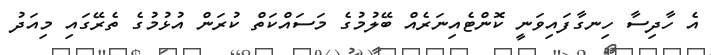
އެ ހާދިސާ ހިނގާފައިވަނީ ކޮންޓެއިނަރެއް ބޭލުމުގެ މަސައްކަތް ކުރަން އުޅުމުގެ ތެރޭގައި މިއަދު